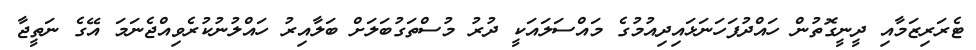
ޓެރަރިޒަމާއި ދީނީގޮތުން ހައްދުފަހަނަޅައިދިއުމުގެ މައްސަލައަކީ ދުރު މުސްތަގުބަލަށް ބަލާއިރު ހައްލުނުކުރެވިއްޖެނަމަ އޭގެ ނަތީޖާ